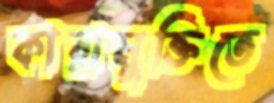
কারামুক্তিতে